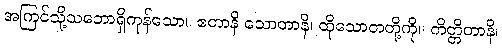
အကြင်သို့သဘောရှိကုန်သော။ ဧတာနိ သောတာနိ၊ ထိုသောတတို့ကို။ ကိတ္တိတာနိ၊